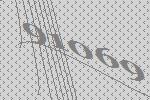
91069